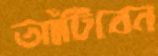
আঁটিবেন